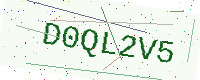
Text: D0QL2V5